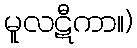
မူလဋီကာ။)